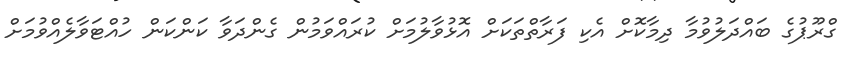
ގްރޫޕުގެ ބައްދަލުވުމާ ދިމާކޮށް އެކި ފަރާތްތަކަށް އޮޅުވާލުމަށް ކުރައްވަމުން ގެންދަވާ ކަންކަން ހުއްޓަވާލެއްވުމަށް